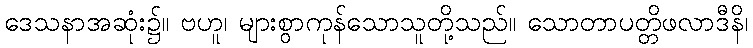
ဒေသနာအဆုံး၌။ ဗဟူ၊ များစွာကုန်သောသူတို့သည်။ သောတာပတ္တိဖလာဒီနိ၊